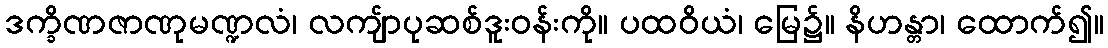
ဒက္ခိဏဇာဏုမဏ္ဍလံ၊ လကျ်ာပုဆစ်ဒူးဝန်းကို။ ပထဝိယံ၊ မြေ၌။ နိဟန္တာ၊ ထောက်၍။